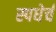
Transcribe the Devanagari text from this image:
स्पधेर्चं